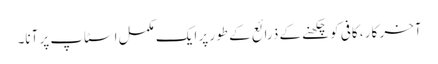
آخر کار ، کافی کو چکھنے کے ذرائع کے طور پر ایک مکمل اسٹاپ پر آنا۔